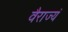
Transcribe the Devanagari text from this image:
वैराज्यं